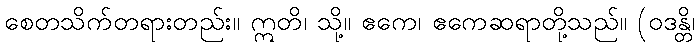
စေတသိက်တရားတည်း။ ဣတိ၊ သို့။ ဧကေ၊ ဧကေဆရာတို့သည်။ (ဝဒန္တိ၊